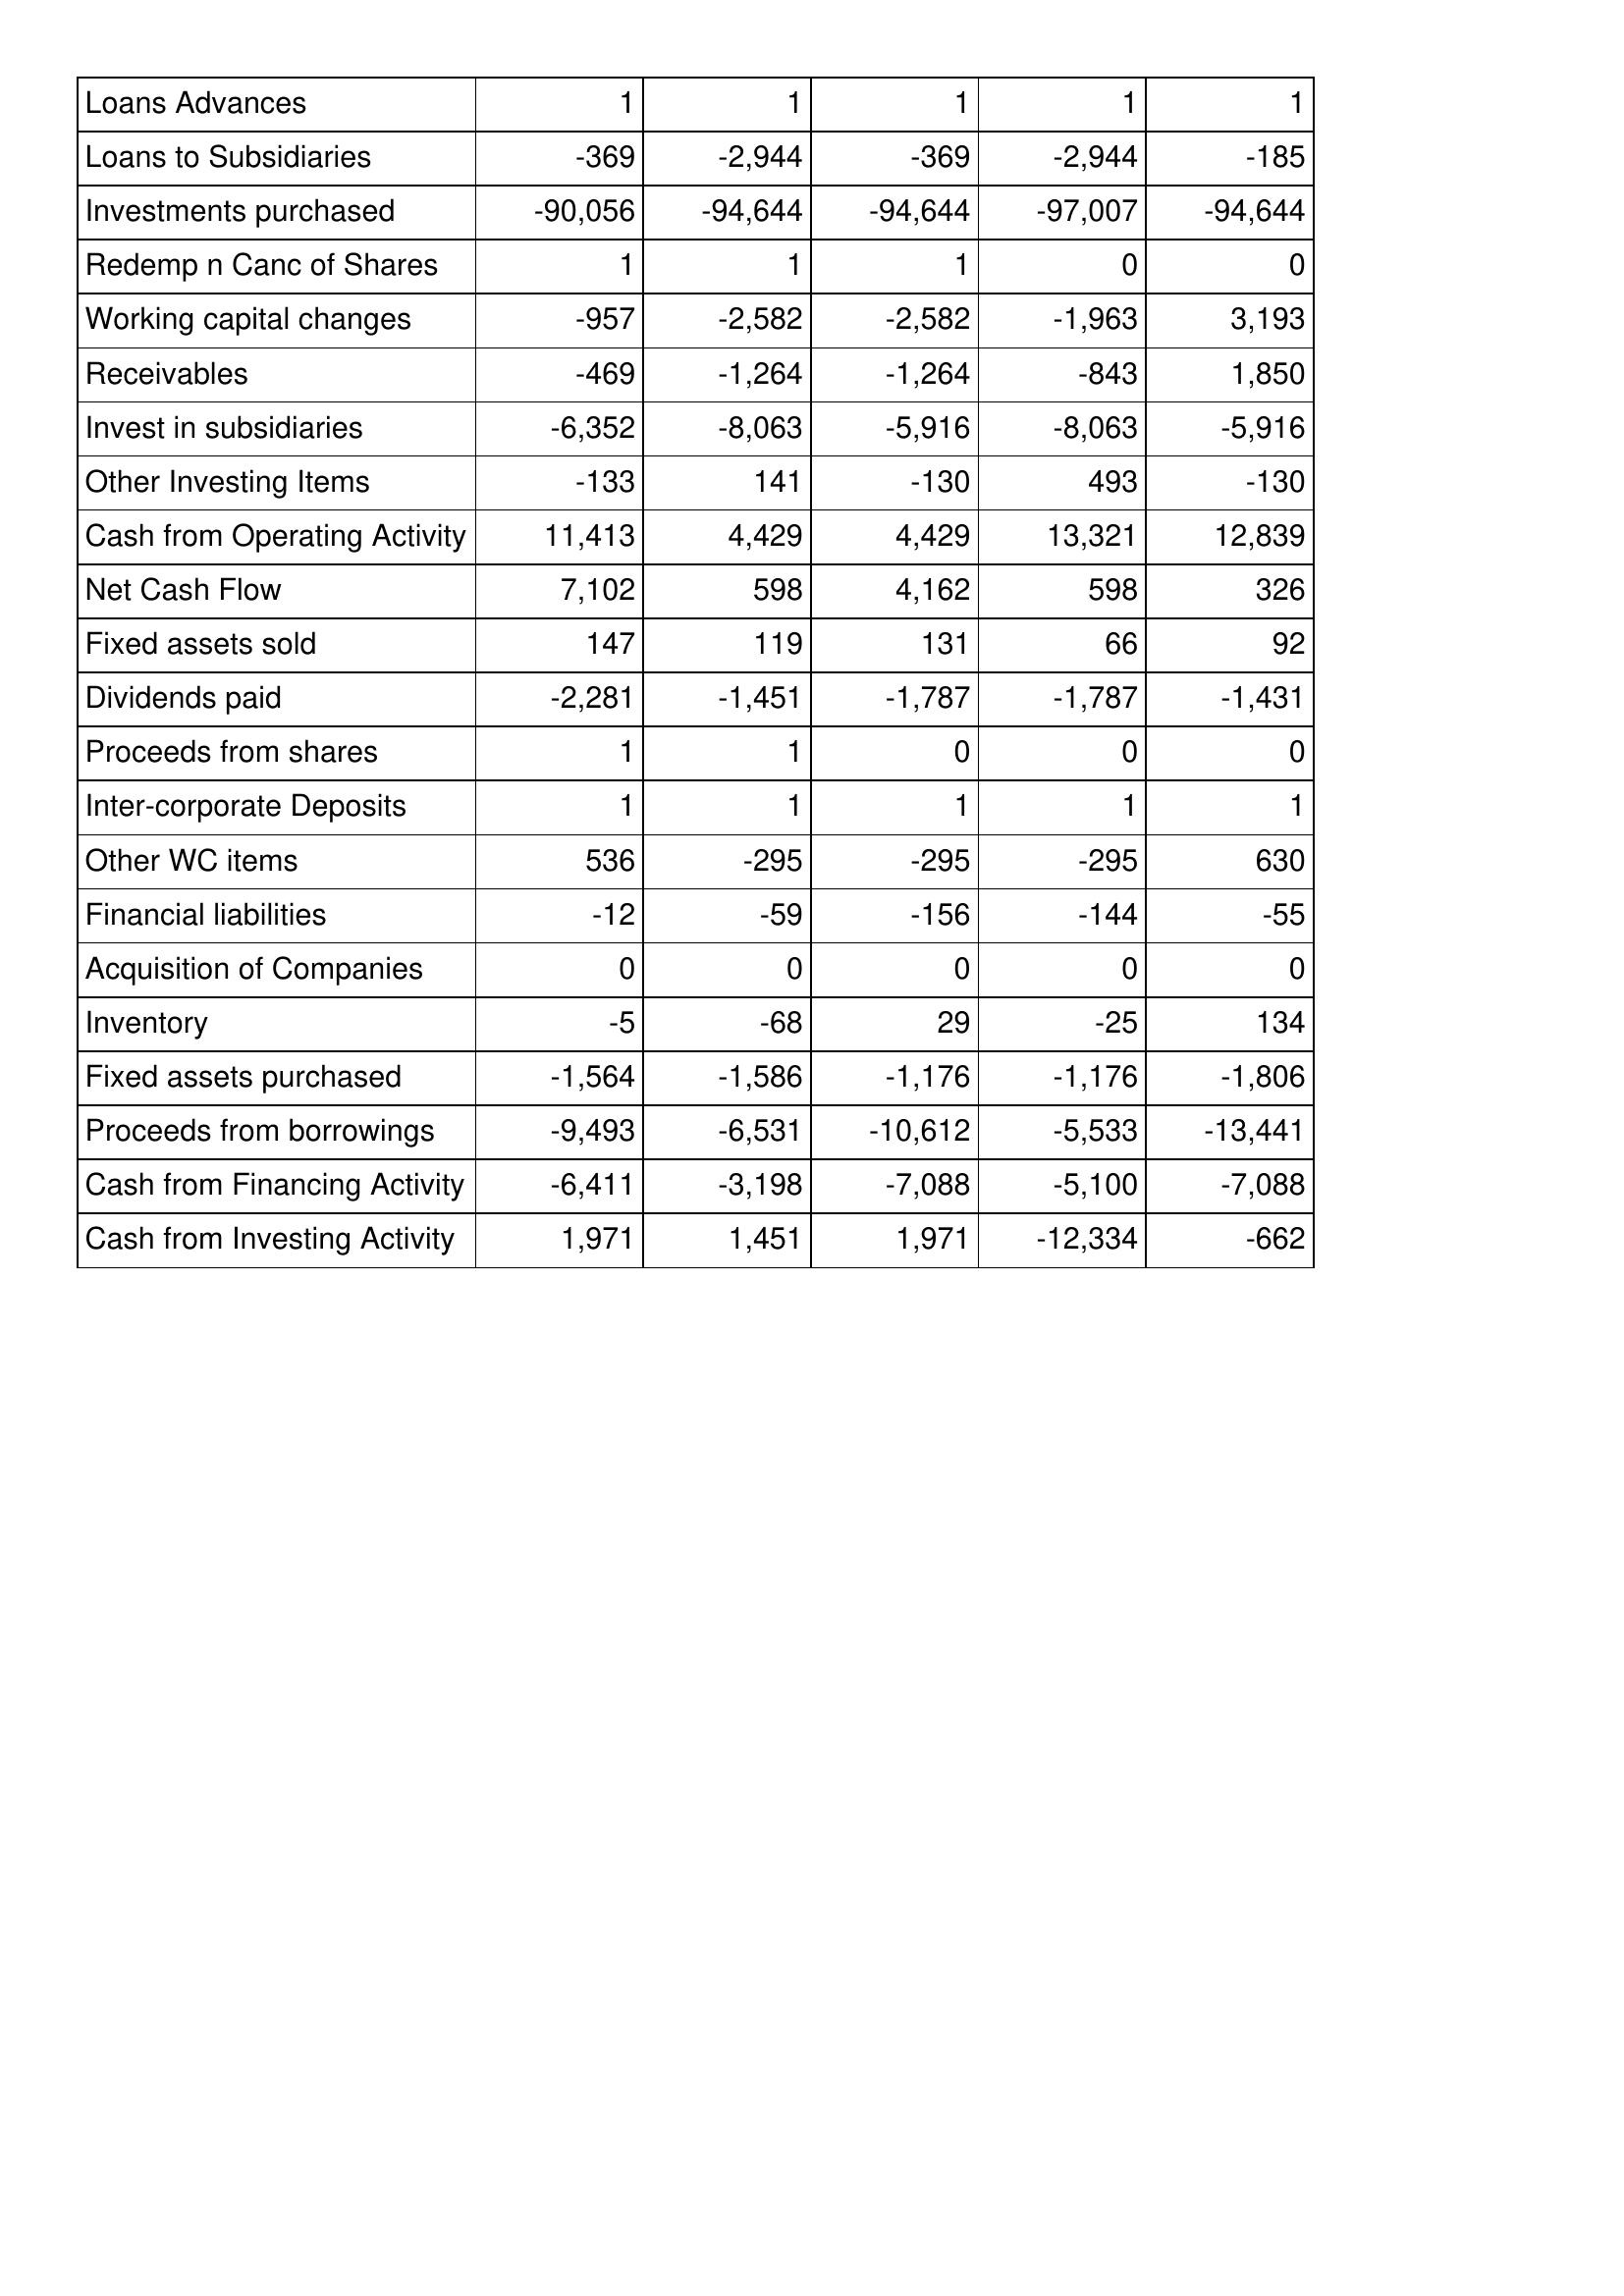
Apr-17: Cash Flows: Loans Advances: 1
Loans to Subsidiaries: -369
Investments purchased: -90,056
Redemp n Canc of Shares: 1
Working capital changes: -957
Receivables: -469
Invest in subsidiaries: -6,352
Other Investing Items: -133
Cash from Operating Activity: 11,413
Net Cash Flow: 7,102
Fixed assets sold: 147
Dividends paid: -2,281
Proceeds from shares: 1
Inter-corporate Deposits: 1
Other WC items: 536
Financial liabilities: -12
Acquisition of Companies: 0
Inventory: -5
Fixed assets purchased: -1,564
Proceeds from borrowings: -9,493
Cash from Financing Activity: -6,411
Cash from Investing Activity: 1,971
Apr-18: Cash Flows: Loans Advances: 1
Loans to Subsidiaries: -2,944
Investments purchased: -94,644
Redemp n Canc of Shares: 1
Working capital changes: -2,582
Receivables: -1,264
Invest in subsidiaries: -8,063
Other Investing Items: 141
Cash from Operating Activity: 4,429
Net Cash Flow: 598
Fixed assets sold: 119
Dividends paid: -1,451
Proceeds from shares: 1
Inter-corporate Deposits: 1
Other WC items: -295
Financial liabilities: -59
Acquisition of Companies: 0
Inventory: -68
Fixed assets purchased: -1,586
Proceeds from borrowings: -6,531
Cash from Financing Activity: -3,198
Cash from Investing Activity: 1,451
Apr-19: Cash Flows: Loans Advances: 1
Loans to Subsidiaries: -369
Investments purchased: -94,644
Redemp n Canc of Shares: 1
Working capital changes: -2,582
Receivables: -1,264
Invest in subsidiaries: -5,916
Other Investing Items: -130
Cash from Operating Activity: 4,429
Net Cash Flow: 4,162
Fixed assets sold: 131
Dividends paid: -1,787
Proceeds from shares: 0
Inter-corporate Deposits: 1
Other WC items: -295
Financial liabilities: -156
Acquisition of Companies: 0
Inventory: 29
Fixed assets purchased: -1,176
Proceeds from borrowings: -10,612
Cash from Financing Activity: -7,088
Cash from Investing Activity: 1,971
Apr-20: Cash Flows: Loans Advances: 1
Loans to Subsidiaries: -2,944
Investments purchased: -97,007
Redemp n Canc of Shares: 0
Working capital changes: -1,963
Receivables: -843
Invest in subsidiaries: -8,063
Other Investing Items: 493
Cash from Operating Activity: 13,321
Net Cash Flow: 598
Fixed assets sold: 66
Dividends paid: -1,787
Proceeds from shares: 0
Inter-corporate Deposits: 1
Other WC items: -295
Financial liabilities: -144
Acquisition of Companies: 0
Inventory: -25
Fixed assets purchased: -1,176
Proceeds from borrowings: -5,533
Cash from Financing Activity: -5,100
Cash from Investing Activity: -12,334
Apr-21: Cash Flows: Loans Advances: 1
Loans to Subsidiaries: -185
Investments purchased: -94,644
Redemp n Canc of Shares: 0
Working capital changes: 3,193
Receivables: 1,850
Invest in subsidiaries: -5,916
Other Investing Items: -130
Cash from Operating Activity: 12,839
Net Cash Flow: 326
Fixed assets sold: 92
Dividends paid: -1,431
Proceeds from shares: 0
Inter-corporate Deposits: 1
Other WC items: 630
Financial liabilities: -55
Acquisition of Companies: 0
Inventory: 134
Fixed assets purchased: -1,806
Proceeds from borrowings: -13,441
Cash from Financing Activity: -7,088
Cash from Investing Activity: -662